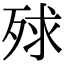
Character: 殏